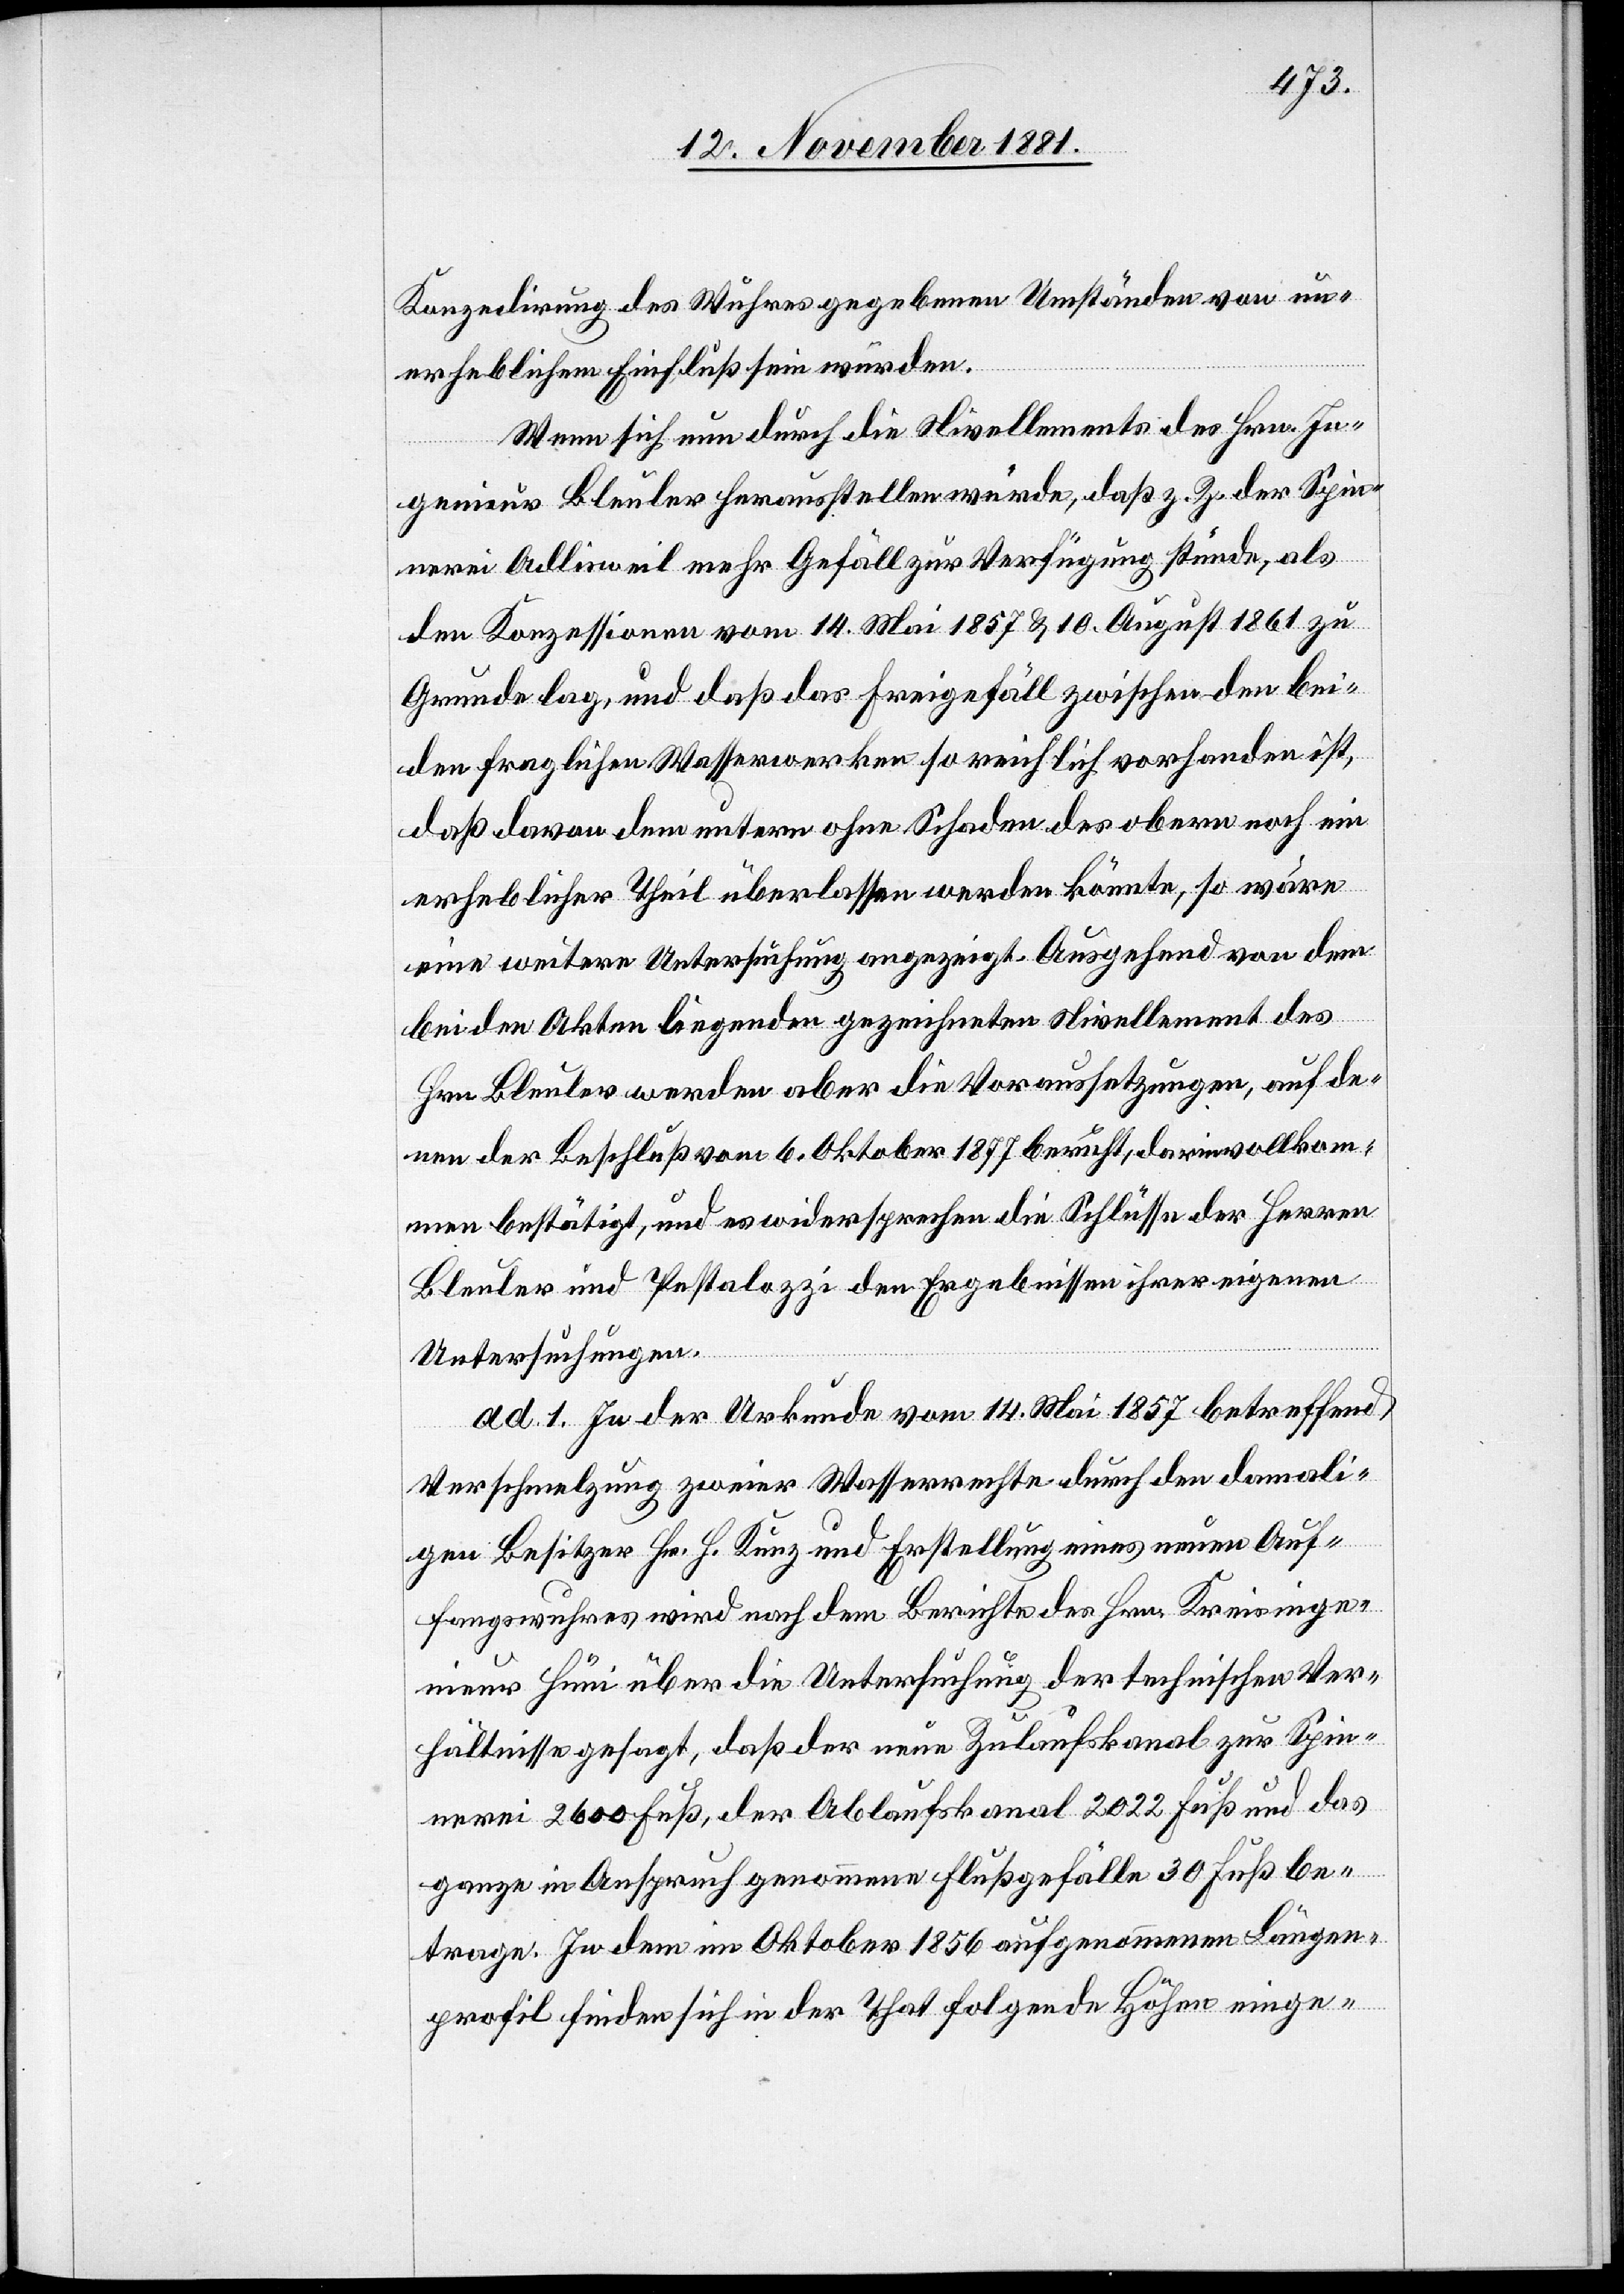
Konzedirung des Wuhres gegebenen Umständen von un¬
erheblichem Einfluß sein würden.
Wenn sich nun durch die Nivellements des Hrn. In¬
genieur Bleuler herausstellen würde, daß z. Z. der Spin¬
nerei Adlisweil mehr Gefäll zur Verfügung stünde, als
den Konzessionen vom 14. Mai 1875 & 10. August 1861 zu
Grunde lag, und daß das Freigefäll zwischen den bei¬
den fraglichen Wasserwerken so reichlich vorhanden ist,
daß davon dem untern ohne Schaden des obern noch ein
erheblicher Theil überlassen werden könnte, so wäre
eine weitere Untersuchung angezeigt. Ausgehend von dem
bei den Akten liegenden gezeichneten Nivellement des
Hrn. Bleuler werden aber die Voraussetzungen, auf de¬
nen der Beschluß vom 6. Oktober 1877 beruht, darin vollkom¬
men bestätigt, und es widersprechen die Schlüsse der Herren
Bleuler und Pestalozzi den Ergebnissen ihrer eigenen
Untersuchungen.
ad. 1. In der Urkunde vom 14. Mai 1875 betreffend
Verschmelzung zweier Wasserrechte durch den damali¬
gen Besitzer Hr. H. Kunz und Erstellung eines neuen Auf¬
fangswuhres wird nach dem Berichte des Hrn. Kreisinge¬
nieur Hüni über die Untersuchung der technischen Ver¬
hältnisse gesagt, daß der neue Zulaufskanal zur Spin¬
nerei 2600 Fuß, der Ablaufskanal 2022 Fuß und das
ganze in Anspruch genommene Flußgefälle 30 Fuß be¬
trage. In dem im Oktober 1856 aufgenommenen Längen¬
profil finden sich in der That folgende Höhen einge-